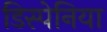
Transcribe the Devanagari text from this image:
डिस्पेनिया